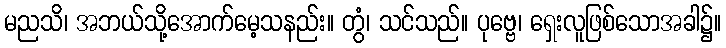
မညသိ၊ အဘယ်သို့အောက်မေ့သနည်း။ တွံ၊ သင်သည်။ ပုဗ္ဗေ၊ ရှေးလူဖြစ်သောအခါ၌။